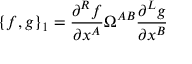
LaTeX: \{ f , g \} _ { 1 } = \frac { \partial ^ { R } f } { \partial x ^ { A } } \Omega ^ { A B } \frac { \partial ^ { L } g } { \partial x ^ { B } }